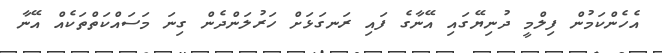
އެހެންކަމުން ފިލްމީ ދުނިޔޭގައި އޭނާގެ ފައި ރަނގަޅަށް ހަރުލަންދެން ގިނަ މަސައްކަތްތަކެއް އޭނާ